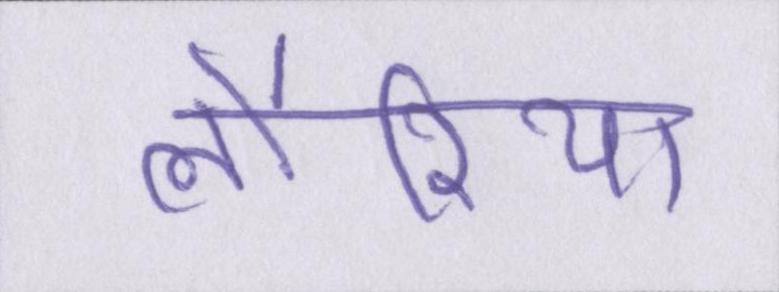
लौरिया